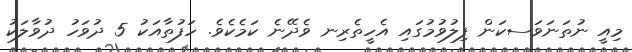
މިއީ ނުތަނަވަސކަން ފިލުވުމުގައި އެހީތެރިނ ވެދޭނެ ކަމެކެވެ. ހަފުތާއަކު 5 ދުވަހު ދުވާލަކު